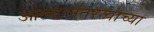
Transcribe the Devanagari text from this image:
आल्यानंतरत्यांच्या